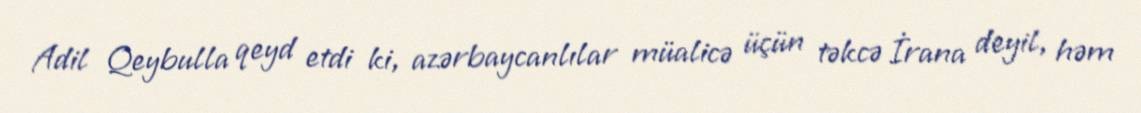
Adil Qeybulla qeyd etdi ki, azərbaycanlılar müalicə üçün təkcə İrana deyil, həm